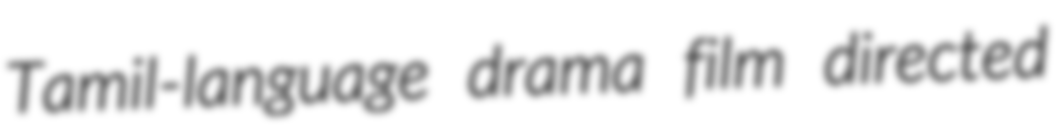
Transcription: Tamil-language drama film directed